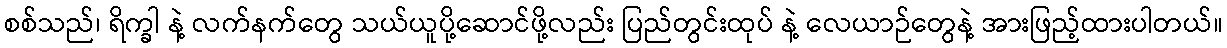
စစ်သည်၊ ရိက္ခါ နဲ့ လက်နက်တွေ သယ်ယူပို့ဆောင်ဖို့လည်း ပြည်တွင်းထုပ် နဲ့ လေယာဉ်တွေနဲ့ အားဖြည့်ထားပါတယ်။